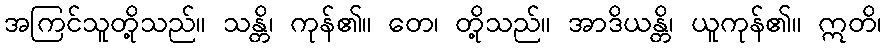
အကြင်သူတို့သည်။ သန္တိ၊ ကုန်၏။ တေ၊ တို့သည်။ အာဒိယန္တိ၊ ယူကုန်၏။ ဣတိ၊